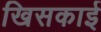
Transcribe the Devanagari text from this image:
खिसकाई